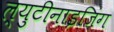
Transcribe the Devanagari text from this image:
ल्युटीनाइजिंग